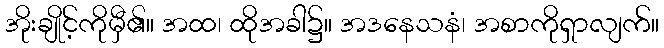
အိုးချိုင့်ကိုမှီ၏။ အထ၊ ထိုအခါ၌။ အဒနေသနံ၊ အစာကိုရှာလျက်။